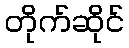
တိုက်ဆိုင်